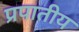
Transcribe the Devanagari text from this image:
प्रपातीय